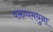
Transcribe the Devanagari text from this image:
वक्तव्यमधुना